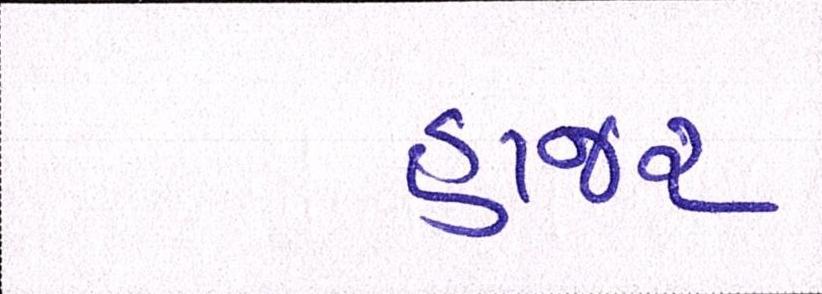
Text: હાજર